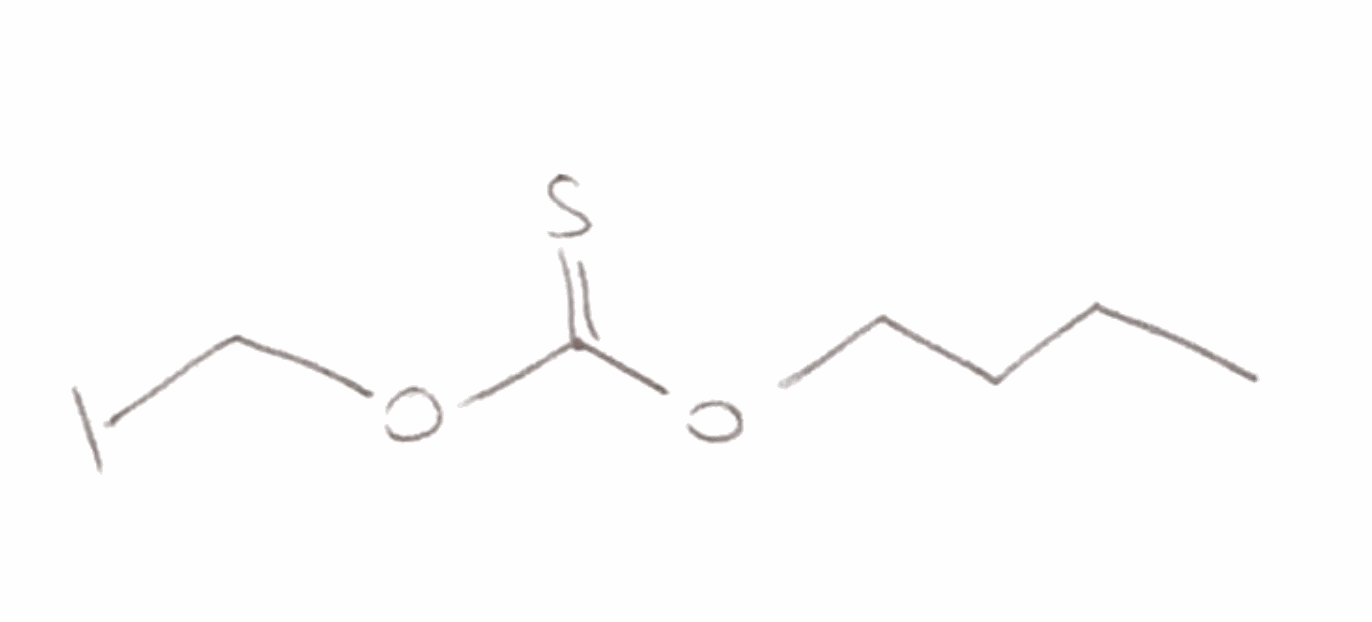
Simplified molecular-input line-entry system (SMILES) notation of the given molecule:
CCCCOC(=S)OCI